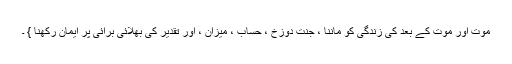
موت اور موت کے بعد کی زندگی کو ماننا ، جنت دوزخ ، حساب ، میزان ، اور تقدیر کی بھلائی برائی پر ایمان رکھنا } ۔